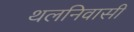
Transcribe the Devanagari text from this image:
थलनिवासी